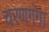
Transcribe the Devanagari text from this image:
चरणगंगा